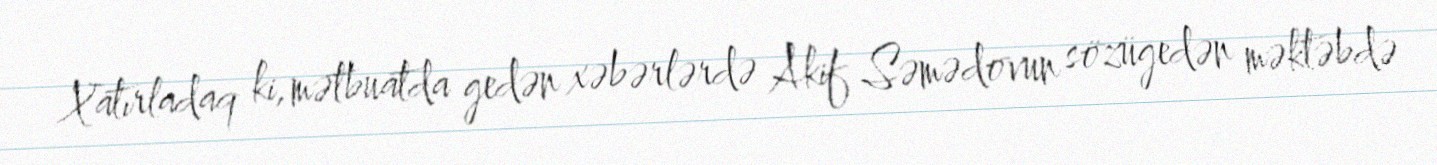
Xatırladaq ki, mətbuatda gedən xəbərlərdə Akif Səmədovun sözügedən məktəbdə